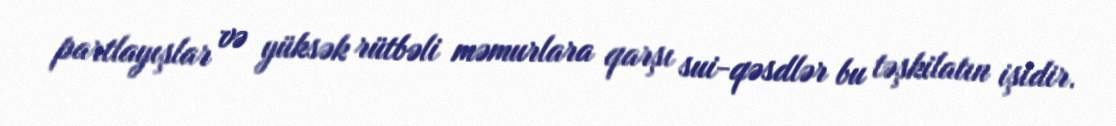
partlayışlar və yüksək rütbəli məmurlara qarşı sui-qəsdlər bu təşkilatın işidir.